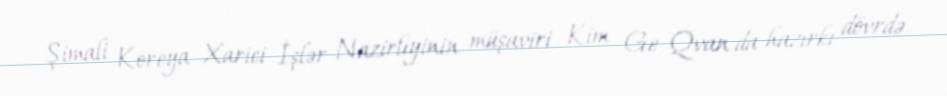
Şimali Koreya Xarici İşlər Nazirliyinin müşaviri Kim Ge Qvan da hazırkı dövrdə